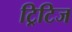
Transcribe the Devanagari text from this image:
ट्रिटिज